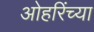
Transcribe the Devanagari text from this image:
ओहरिंच्या